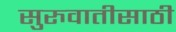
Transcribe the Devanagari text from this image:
सुरुवातीसाठी